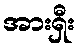
အားရှီး